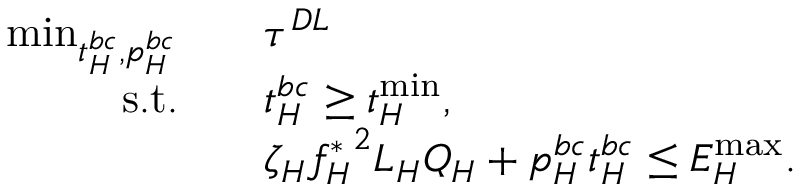
\begin{array} { r l } { \operatorname * { m i n } _ { t _ { H } ^ { b c } , p _ { H } ^ { b c } } \quad } & { \tau ^ { D L } } \\ { \mathrm { s . t . } \quad } & { t _ { H } ^ { b c } \geq t _ { H } ^ { \operatorname* { m i n } } , } \\ & { \zeta _ { H } { f _ { H } ^ { * } } ^ { 2 } L _ { H } Q _ { H } + p _ { H } ^ { b c } t _ { H } ^ { b c } \leq { { E } } _ { H } ^ { \operatorname* { m a x } } . } \end{array}